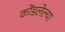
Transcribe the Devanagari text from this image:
कोंडलेल्या